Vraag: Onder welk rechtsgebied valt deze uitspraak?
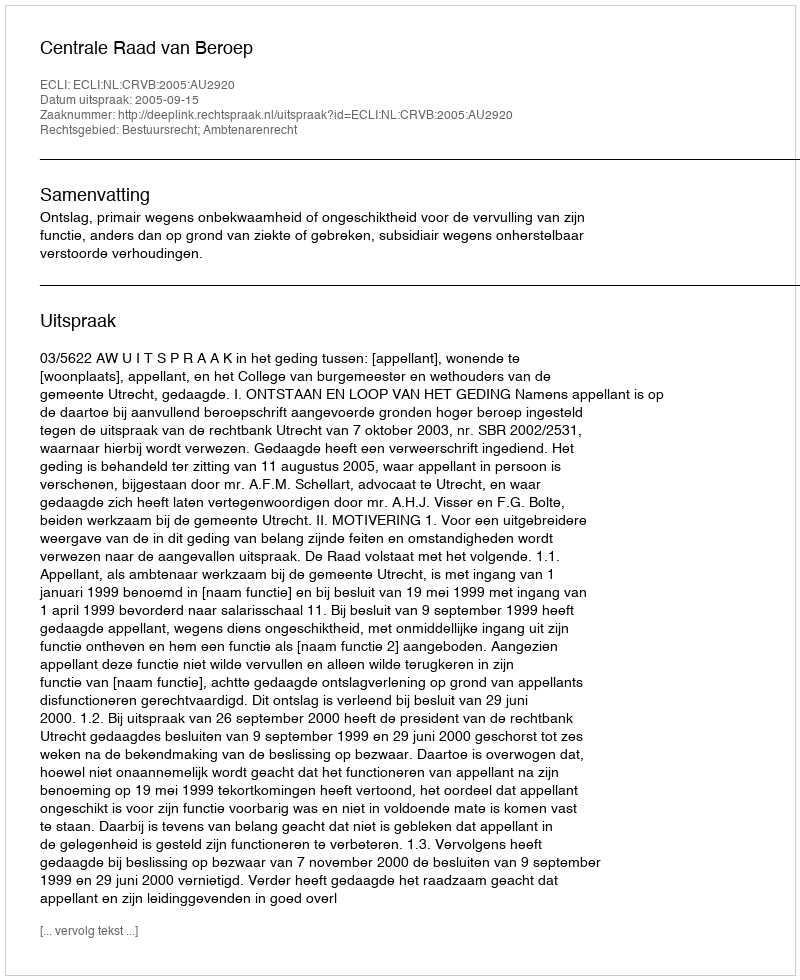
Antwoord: Bestuursrecht; Ambtenarenrecht